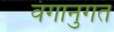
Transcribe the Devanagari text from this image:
वंगानुगत